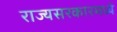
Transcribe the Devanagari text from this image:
राज्यसरकारमध्ये